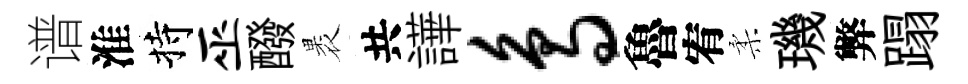
谱淮持巫醱褁共譁鸟魯宥柔璣弊蹋